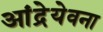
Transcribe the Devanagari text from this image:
आंद्रेयेवना